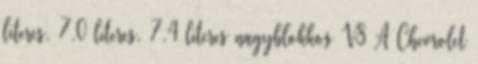
literes, 7,0 literes, 7,4 literes nagyblokkos V8 A Chevrolet